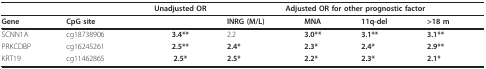
<table><thead><tr><td></td><td></td><td><b>Unadjusted OR</b></td><td colspan="4"><b>Adjusted OR for other prognostic factor</b></td></tr></thead><tbody><tr><td><b>Gene</b></td><td><b>CpG site</b></td><td></td><td><b>INRG (M/L)</b></td><td><b>MNA</b></td><td><b>11q-del</b></td><td><b>&gt;18 m</b></td></tr><tr><td>SCNN1A</td><td>cg18738906</td><td><b>3.4**</b></td><td>2.2</td><td><b>3.0**</b></td><td><b>3.1**</b></td><td><b>3.1**</b></td></tr><tr><td>PRKCDBP</td><td>cg16245261</td><td><b>2.5**</b></td><td><b>2.4*</b></td><td><b>2.3*</b></td><td><b>2.4*</b></td><td><b>2.9**</b></td></tr><tr><td>KRT19</td><td>cg11462865</td><td><b>2.5*</b></td><td><b>2.5*</b></td><td><b>2.2*</b></td><td><b>2.3*</b></td><td><b>2.1*</b></td></tr></tbody></table>